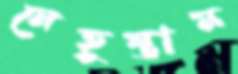
নেহুস্তান